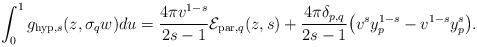
\begin{align*} \int_{0}^{1}g_{\mathrm{hyp},s}(z,\sigma_{q}w)du=\frac{4\pi v^{1-s}}{2s-1}\mathcal{E}_{\mathrm{par},q}(z,s)+\frac{ 4\pi\delta_{p,q}}{2s-1}\big(v^{s}y_{p}^{1-s}-v^{1-s}y_{p}^{s}\big).\end{align*}